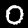
Digit: 0